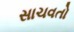
સાચવતો